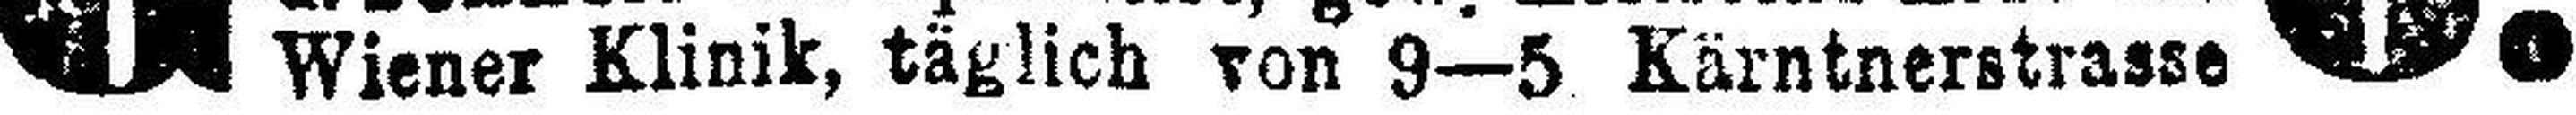
Wiener Klinik, täglich von 9—5 Kärntnerstrasse